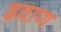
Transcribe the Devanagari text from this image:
ढवाण